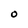
Character: O